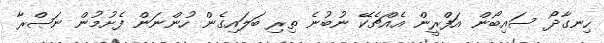
ހިނގާދޯ ސައިބޯން އަފްރީން އެއްޗެކޭ ނުބުނެ ތިރި ބަލައިގެން ހުންނަން ފެށުމުން ނަޞްރާ